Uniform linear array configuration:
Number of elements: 4
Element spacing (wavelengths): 0.5
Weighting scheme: cosine
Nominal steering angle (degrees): -45
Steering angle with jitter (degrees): -44.944
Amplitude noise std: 0.05
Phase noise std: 0.05

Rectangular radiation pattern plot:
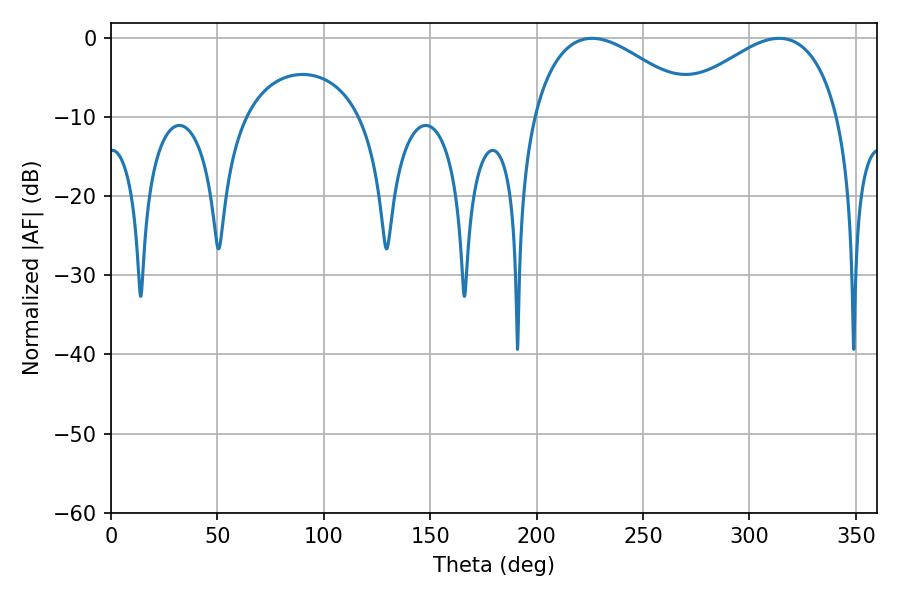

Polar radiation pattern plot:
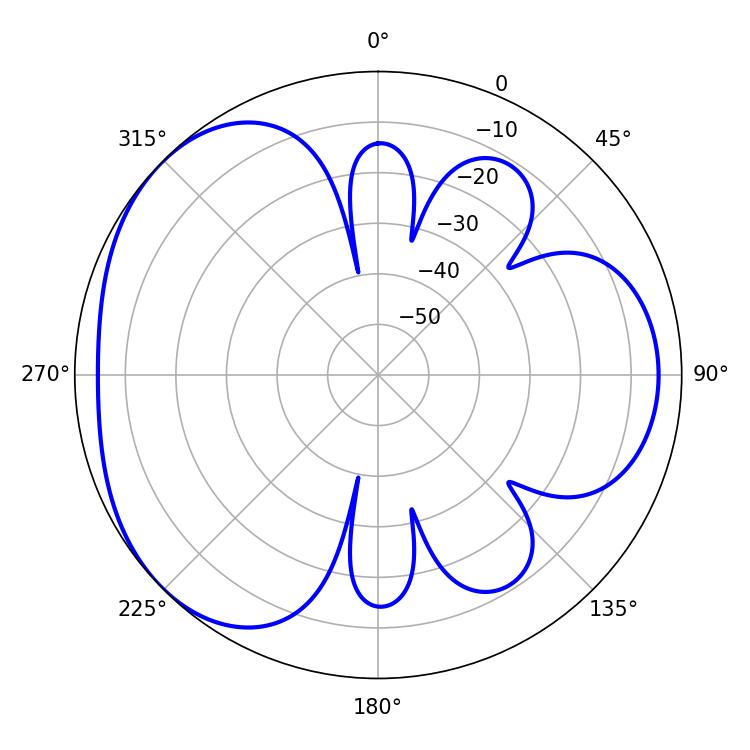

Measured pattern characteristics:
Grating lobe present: FALSE
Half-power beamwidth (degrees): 43.02
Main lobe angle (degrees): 226.08